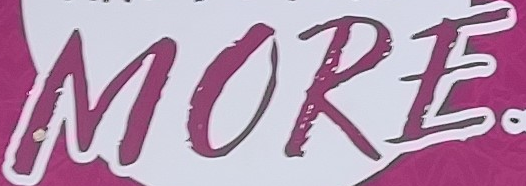
MORE